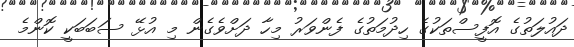
ދައުލަތުގެ އޮފީސްތަކުގެ ހިދުމަތުގެ ފެންވަރު މިހާ ދަށްވެގެން މި އުޅޭ ސަބަބަކީ ކޮންމެ